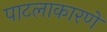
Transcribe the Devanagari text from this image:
पाटलाकारणें